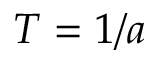
T = 1 / a